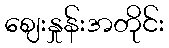
ဈေးနှုန်းအတိုင်း